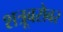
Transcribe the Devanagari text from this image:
शत्रूबरोबर